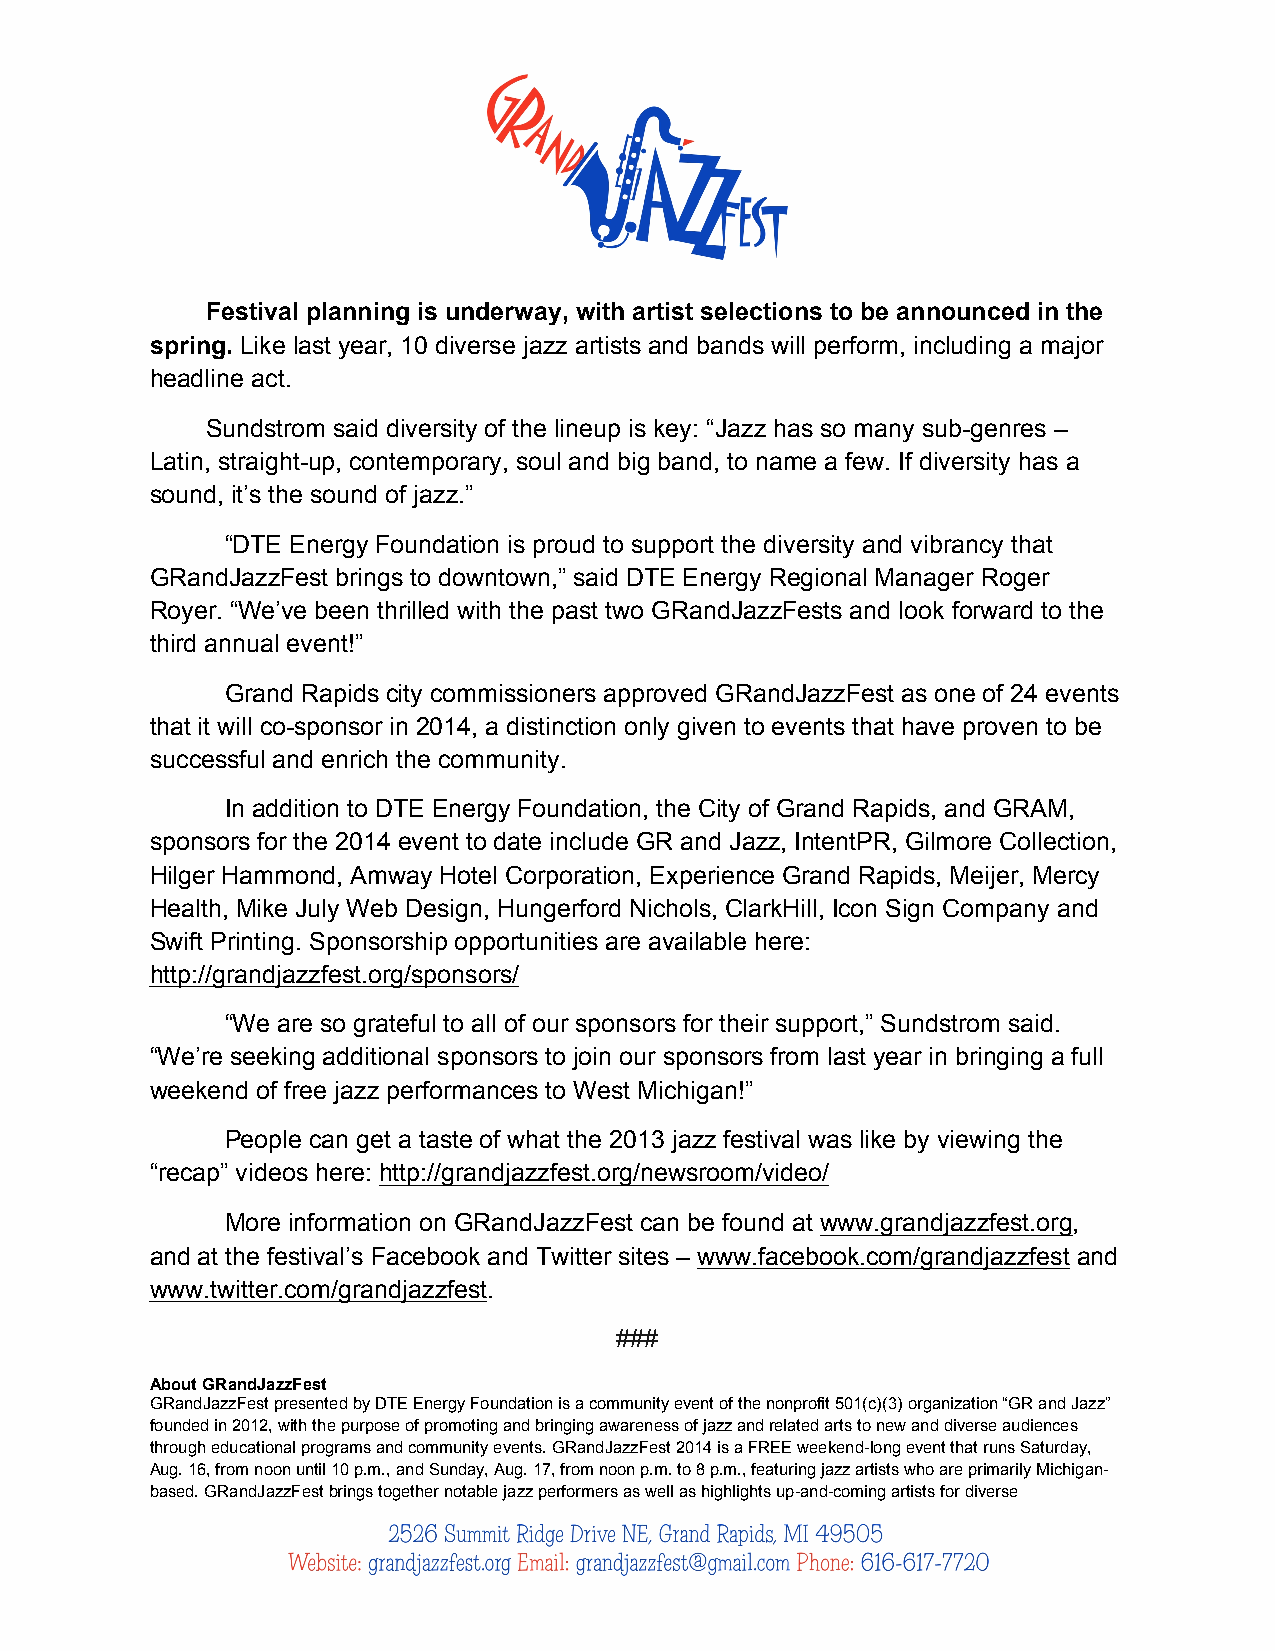
Festival planning is underway, with artist selections to be announced in the
 spring. Like last year, 10 diverse jazz artists and bands will perform, including a major
 headline act.
 Sundstrom said diversity of the lineup is key: “Jazz has so many sub-genres –
 Latin, straight-up, contemporary, soul and big band, to name a few. If diversity has a
 sound, it’s the sound of jazz.”
 “DTE Energy Foundation is proud to support the diversity and vibrancy that
 GRandJazzFest brings to downtown,” said DTE Energy Regional Manager Roger
 Royer. “We’ve been thrilled with the past two GRandJazzFests and look forward to the
 third annual event!”
 Grand Rapids city commissioners approved GRandJazzFest as one of 24 events
 that it will co-sponsor in 2014, a distinction only given to events that have proven to be
 successful and enrich the community.
 In addition to DTE Energy Foundation, the City of Grand Rapids, and GRAM,
 sponsors for the 2014 event to date include GR and Jazz, IntentPR, Gilmore Collection,
 Hilger Hammond, Amway Hotel Corporation, Experience Grand Rapids, Meijer, Mercy
 Health, Mike July Web Design, Hungerford Nichols, ClarkHill, Icon Sign Company and
 Swift Printing. Sponsorship opportunities are available here:
 http://grandjazzfest.org/sponsors/
 “We are so grateful to all of our sponsors for their support,” Sundstrom said.
 “We’re seeking additional sponsors to join our sponsors from last year in bringing a full
 weekend of free jazz performances to West Michigan!”
 People can get a taste of what the 2013 jazz festival was like by viewing the
 “recap” videos here: http://grandjazzfest.org/newsroom/video/
 More information on GRandJazzFest can be found at www.grandjazzfest.org,
 and at the festival’s Facebook and Twitter sites – www.facebook.com/grandjazzfest and
 www.twitter.com/grandjazzfest.
 ###
 About GRandJazzFest
 GRandJazzFest presented by DTE Energy Foundation is a community event of the nonprofit 501(c)(3) organization “GR and Jazz”
 founded in 2012, with the purpose of promoting and bringing awareness of jazz and related arts to new and diverse audiences
 through educational programs and community events. GRandJazzFest 2014 is a FREE weekend-long event that runs Saturday,
 Aug. 16, from noon until 10 p.m., and Sunday, Aug. 17, from noon p.m. to 8 p.m., featuring jazz artists who are primarily Michigan-
 based. GRandJazzFest brings together notable jazz performers as well as highlights up-and-coming artists for diverse